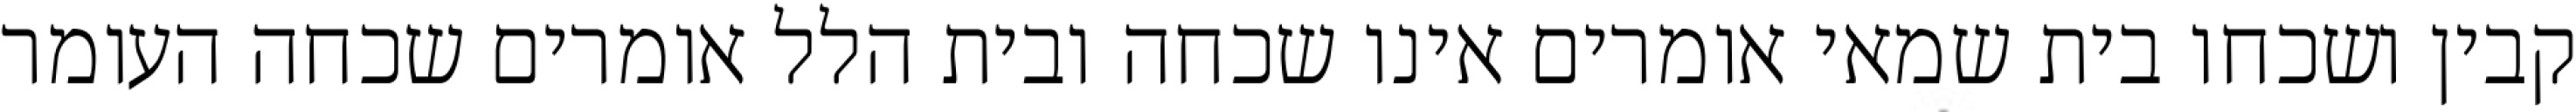
קבין ושכחו בית שמאי אומרים אינו שכחה ובית הלל אומרים שכחה העומר